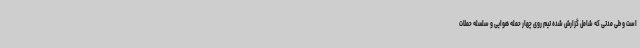
است و طی مدتی که شامل گزارش شده تیم روی چهار حمله هوایی و سلسله حملات